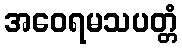
အဝေရမသပတ္တံ